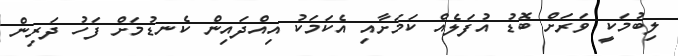
ލިބުމަކީ ވަރަށް ބޮޑު އުފަލެއް ކަމަށާއި އެކަމަކު އިއްދައިން ކެނޑުމަށް ފަހު ދަރިން